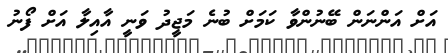
އަށް އަންނަން ބޭނުންވާ ކަމަށް ބުނެ މަޖީދު ވަނީ އާއިލާ އަށް ފޯނު